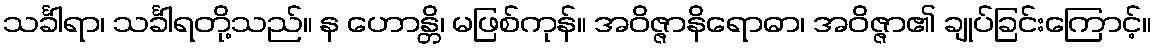
သင်္ခါရာ၊ သင်္ခါရတို့သည်။ န ဟောန္တိ၊ မဖြစ်ကုန်။ အဝိဇ္ဇာနိရောဓာ၊ အဝိဇ္ဇာ၏ ချုပ်ခြင်းကြောင့်။